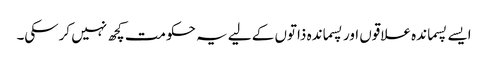
ایسے پسماندہ علاقوں اور پسماندہ ذاتوں کے لیے یہ حکومت کچھ نہیں کرسکی۔